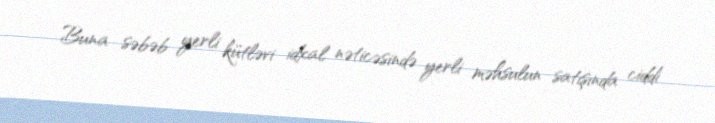
Buna səbəb yerli kütləvi idxal nəticəsində yerli məhsulun satışında ciddi